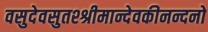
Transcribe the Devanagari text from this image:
वसुदेवसुतश्श्रीमान्देवकीनन्दनो